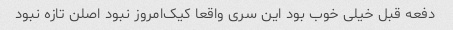
دفعه قبل خیلی خوب بود این سری واقعا کیک‌امروز نبود اصلن تازه نبود